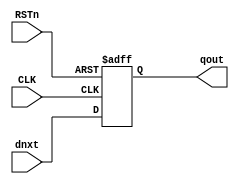


/*
  Copyright (c) 2020 - 2022 Wuhan University of Technology <295054118@whut.edu.cn>

   Licensed under the Apache License, Version 2.0 (the "License");
   you may not use this file except in compliance with the License.
   You may obtain a copy of the License at

       http://www.apache.org/licenses/LICENSE-2.0

   Unless required by applicable law or agreed to in writing, software
   distributed under the License is distributed on an "AS IS" BASIS,
   WITHOUT WARRANTIES OR CONDITIONS OF ANY KIND, either express or implied.
   See the License for the specific language governing permissions and
   limitations under the License.
*/

`timescale 1 ns / 1 ps

module gen_dffr # (
	parameter DW = 32,
	parameter rstValue = {DW{1'b0}}
)
(

	input [DW-1:0] dnxt,
	output [DW-1:0] qout,

	input CLK,
	input RSTn
);

reg [DW-1:0] qout_r;

always @(posedge CLK or negedge RSTn) begin
	if ( ~RSTn )
		qout_r <= #1 rstValue;
	else                  
		qout_r <= #1 dnxt;
end

assign qout = qout_r;

endmodule